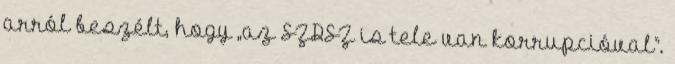
arról beszélt, hogy „az SZDSZ is tele van korrupcióval”.